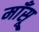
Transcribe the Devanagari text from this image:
माँसू